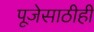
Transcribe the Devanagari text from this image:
पूजेसाठीही